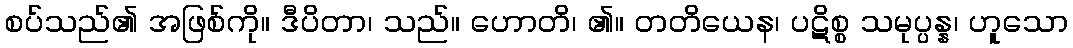
စပ်သည်၏ အဖြစ်ကို။ ဒီပိတာ၊ သည်။ ဟောတိ၊ ၏။ တတိယေန၊ ပဋိစ္စ သမုပ္ပန္န၊ ဟူသော